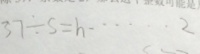
3 7 \div s = h \cdots 2